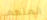
المتهم